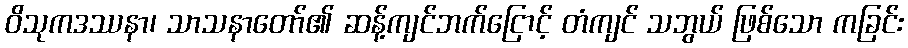
ဝိသုကဒဿနာ၊ သာသနာတော်၏ ဆန့်ကျင်ဘက်ငြောင့် တံကျင် သဘွယ် ဖြစ်သော ကခြင်း